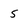
Character: 5